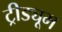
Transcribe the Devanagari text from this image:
ट्रीड्यूम